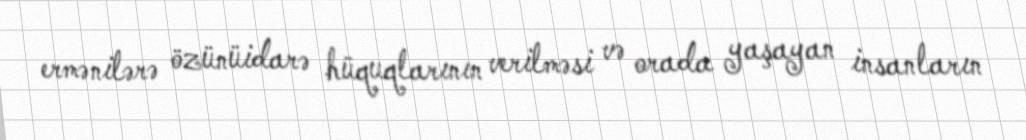
ermənilərə özünüidarə hüquqlarının verilməsi və orada yaşayan insanların